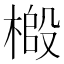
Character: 𫞌